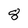
Character: 8